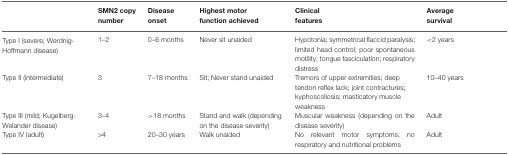
<table><thead><tr><td></td><td><b>SMN2 copy number</b></td><td><b>Disease onset</b></td><td><b>Highest motor function achieved</b></td><td><b>Clinical features</b></td><td><b>Average survival</b></td></tr></thead><tbody><tr><td>Type I (severe; Werdnig- Hoffmann disease)</td><td>1–2</td><td>0–6 months</td><td>Never sit unaided</td><td>Hypotonia; symmetrical flaccid paralysis; limited head control; poor spontaneous motility; tongue fasciculation; respiratory distress</td><td>&lt;2 years</td></tr><tr><td>Type II (intermediate)</td><td>3</td><td>7–18 months</td><td>Sit; Never stand unaided</td><td>Tremors of upper extremities; deep tendon reflex lack; joint contractures; kyphoscoliosis; masticatory muscle weakness</td><td>10–40 years</td></tr><tr><td>Type III (mild; Kugelberg- Welander disease)</td><td>3–4</td><td>&gt;18 months</td><td>Stand and walk (depending on the disease severity)</td><td>Muscular weakness (depending on the disease severity)</td><td>Adult</td></tr><tr><td>Type IV (adult)</td><td>&gt;4</td><td>20–30 years</td><td>Walk unaided</td><td>No relevant motor symptoms; no respiratory and nutritional problems</td><td>Adult</td></tr></tbody></table>